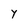
Character: Y